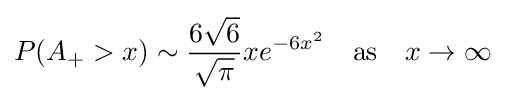
P(A_{+}>x)\sim {\frac {6{\sqrt {6}}}{\sqrt {\pi }}}xe^{-6x^{2}}\ \ {\text{ as }}\ \ x\rightarrow \infty